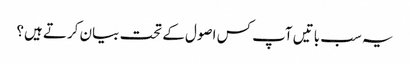
یہ سب باتیں آپ کس اصول کے تحت بیان کرتے ہیں؟